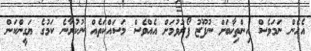
އެހެން ނަމަވެސް އިންތިޚާބަށް ނުފޫޒު ފޯރުވުމަށް އެއްވެސް މަސައްކަތެއް ނުކުރާނެ ކަމުގެ ޔަގީންކަން